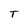
Character: T